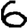
Digit: 6